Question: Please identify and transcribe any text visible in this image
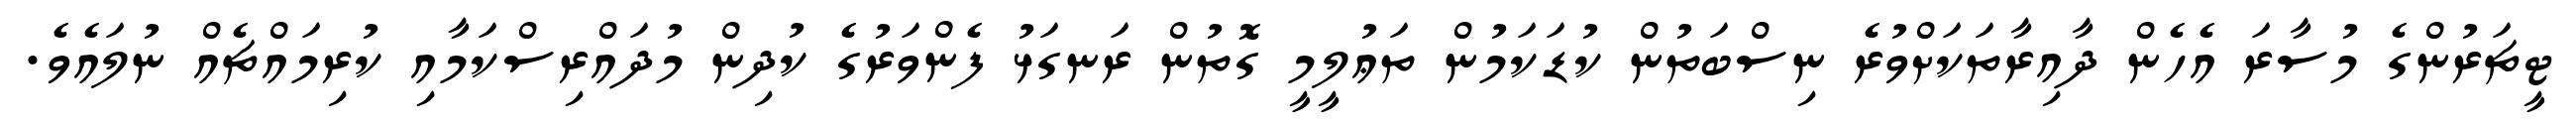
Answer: ޓީޗަރުންގެ މުސާރަ އެހެން ދާއިރާތަކަށްވުރެ ނިސްބަތުން ކުޑަކަމުން ތަޢުލީމީ ގޮތުން ރަނގަޅު ފެންވަރުގެ ކުދިން މުދައްރިސްކަމާއި ކުރިމައްޗެއް ނުލައެވެ.